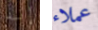
إنه عملاء